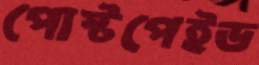
পোস্টপেইড